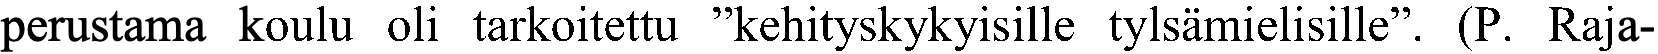
perustama koulu oli tarkoitettu ”kehityskykyisille tylsämielisille”. (P. Raja-